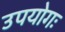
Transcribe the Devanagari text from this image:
उपयोगः